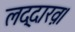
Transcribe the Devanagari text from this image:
लद्दाख़।